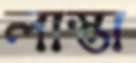
লাস্তা